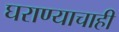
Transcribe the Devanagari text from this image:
घराण्याचाही